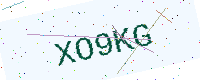
Text: XO9KG